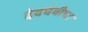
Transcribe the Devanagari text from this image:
देवघेवीचा